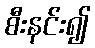
စီးနင်း၍